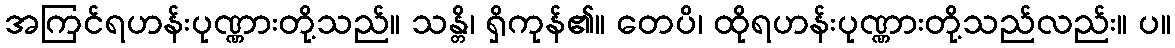
အကြင်ရဟန်းပုဏ္ဏားတို့သည်။ သန္တိ၊ ရှိကုန်၏။ တေပိ၊ ထိုရဟန်းပုဏ္ဏားတို့သည်လည်း။ ပ။